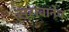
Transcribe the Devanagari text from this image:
सरावानेच